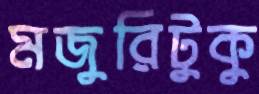
মজুরিটুকু